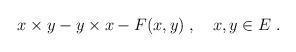
LaTeX: \begin{align*}x\times y - y\times x - F(x,y) \; , \quad x,y \in E \; .\end{align*}